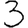
Digit: 3